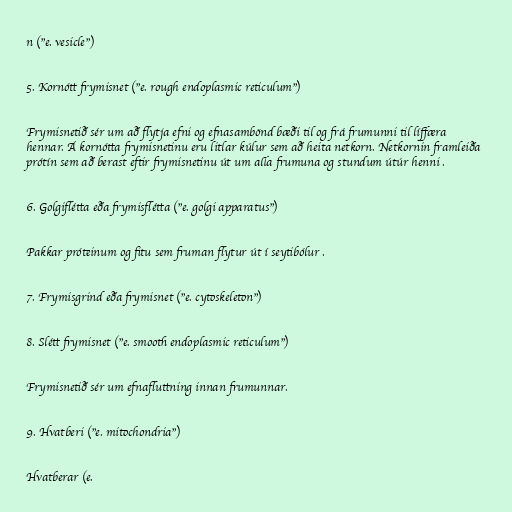
n ("e. vesicle")

5. Kornótt frymisnet ("e. rough endoplasmic reticulum")

Frymisnetið sér um að flytja efni og efnasambönd bæði til og frá frumunni til líffæra
hennar. Á kornótta frymisnetinu eru litlar kúlur sem að heita netkorn. Netkornin framleiða
prótín sem að berast eftir frymisnetinu út um alla frumuna og stundum útúr henni .

6. Golgiflétta eða frymisflétta ("e. golgi apparatus")

Pakkar próteinum og fitu sem fruman flytur út í seytibólur .

7. Frymisgrind eða frymisnet ("e. cytoskeleton")

8. Slétt frymisnet ("e. smooth endoplasmic reticulum")

Frymisnetið sér um efnafluttning innan frumunnar.

9. Hvatberi ("e. mitochondria")

Hvatberar (e.